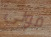
قولي